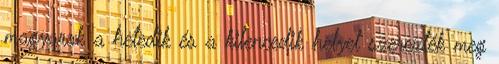
magyarok a hetedik és a kilencedik helyet szerezték meg